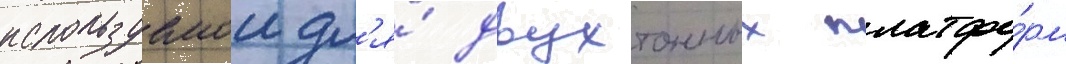
используемои дл'я́ двухтонных платфо́рм